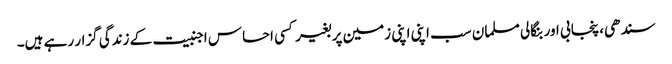
سندھی، پنجابی اور بنگالی مسلمان سب اپنی اپنی زمین پر بغیر کسی احساس اجنبیت کے زندگی گزار رہے ہیں۔